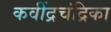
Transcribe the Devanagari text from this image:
कवींद्रचंद्रिका